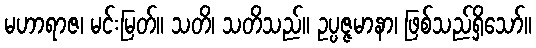
မဟာရာဇ၊ မင်းမြတ်။ သတိ၊ သတိသည်။ ဥပ္ပဇ္ဇမာနာ၊ ဖြစ်သည်ရှိသော်။